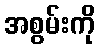
အစွမ်းကို